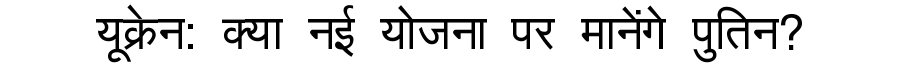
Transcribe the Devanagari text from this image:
यूक्रेन: क्या नई योजना पर मानेंगे पुतिन?